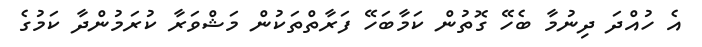
އެ ހުއްދަ ދިނުމާ ބެހޭ ގޮތުން ކަމާބަހޭ ފަރާތްތަކުން މަޝްވަރާ ކުރަމުންދާ ކަމުގެ